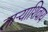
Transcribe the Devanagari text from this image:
ताऱ्याशिवाय